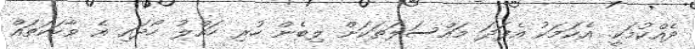
ދެއްކުމަކީ. އެކަމަކު އެފަދަ މައްސަލަތަކަށް ލިބެން ހުރި ހައްލު ހޯދައި އެ ވާހަކަތައް